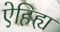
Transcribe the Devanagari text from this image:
ऐहिह्य